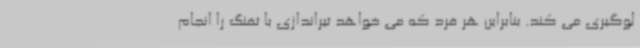
لوگیری می کند. بنابراین هر فرد که می خواهد تیراندازی با تفنگ را انجام